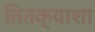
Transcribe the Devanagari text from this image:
तितक्याशा